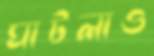
ঘাটলাও